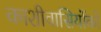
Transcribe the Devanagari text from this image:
काशीवासियोंको